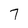
Character: 7